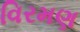
વિરમણ